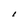
Character: I